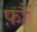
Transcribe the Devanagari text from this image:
फ़ौं